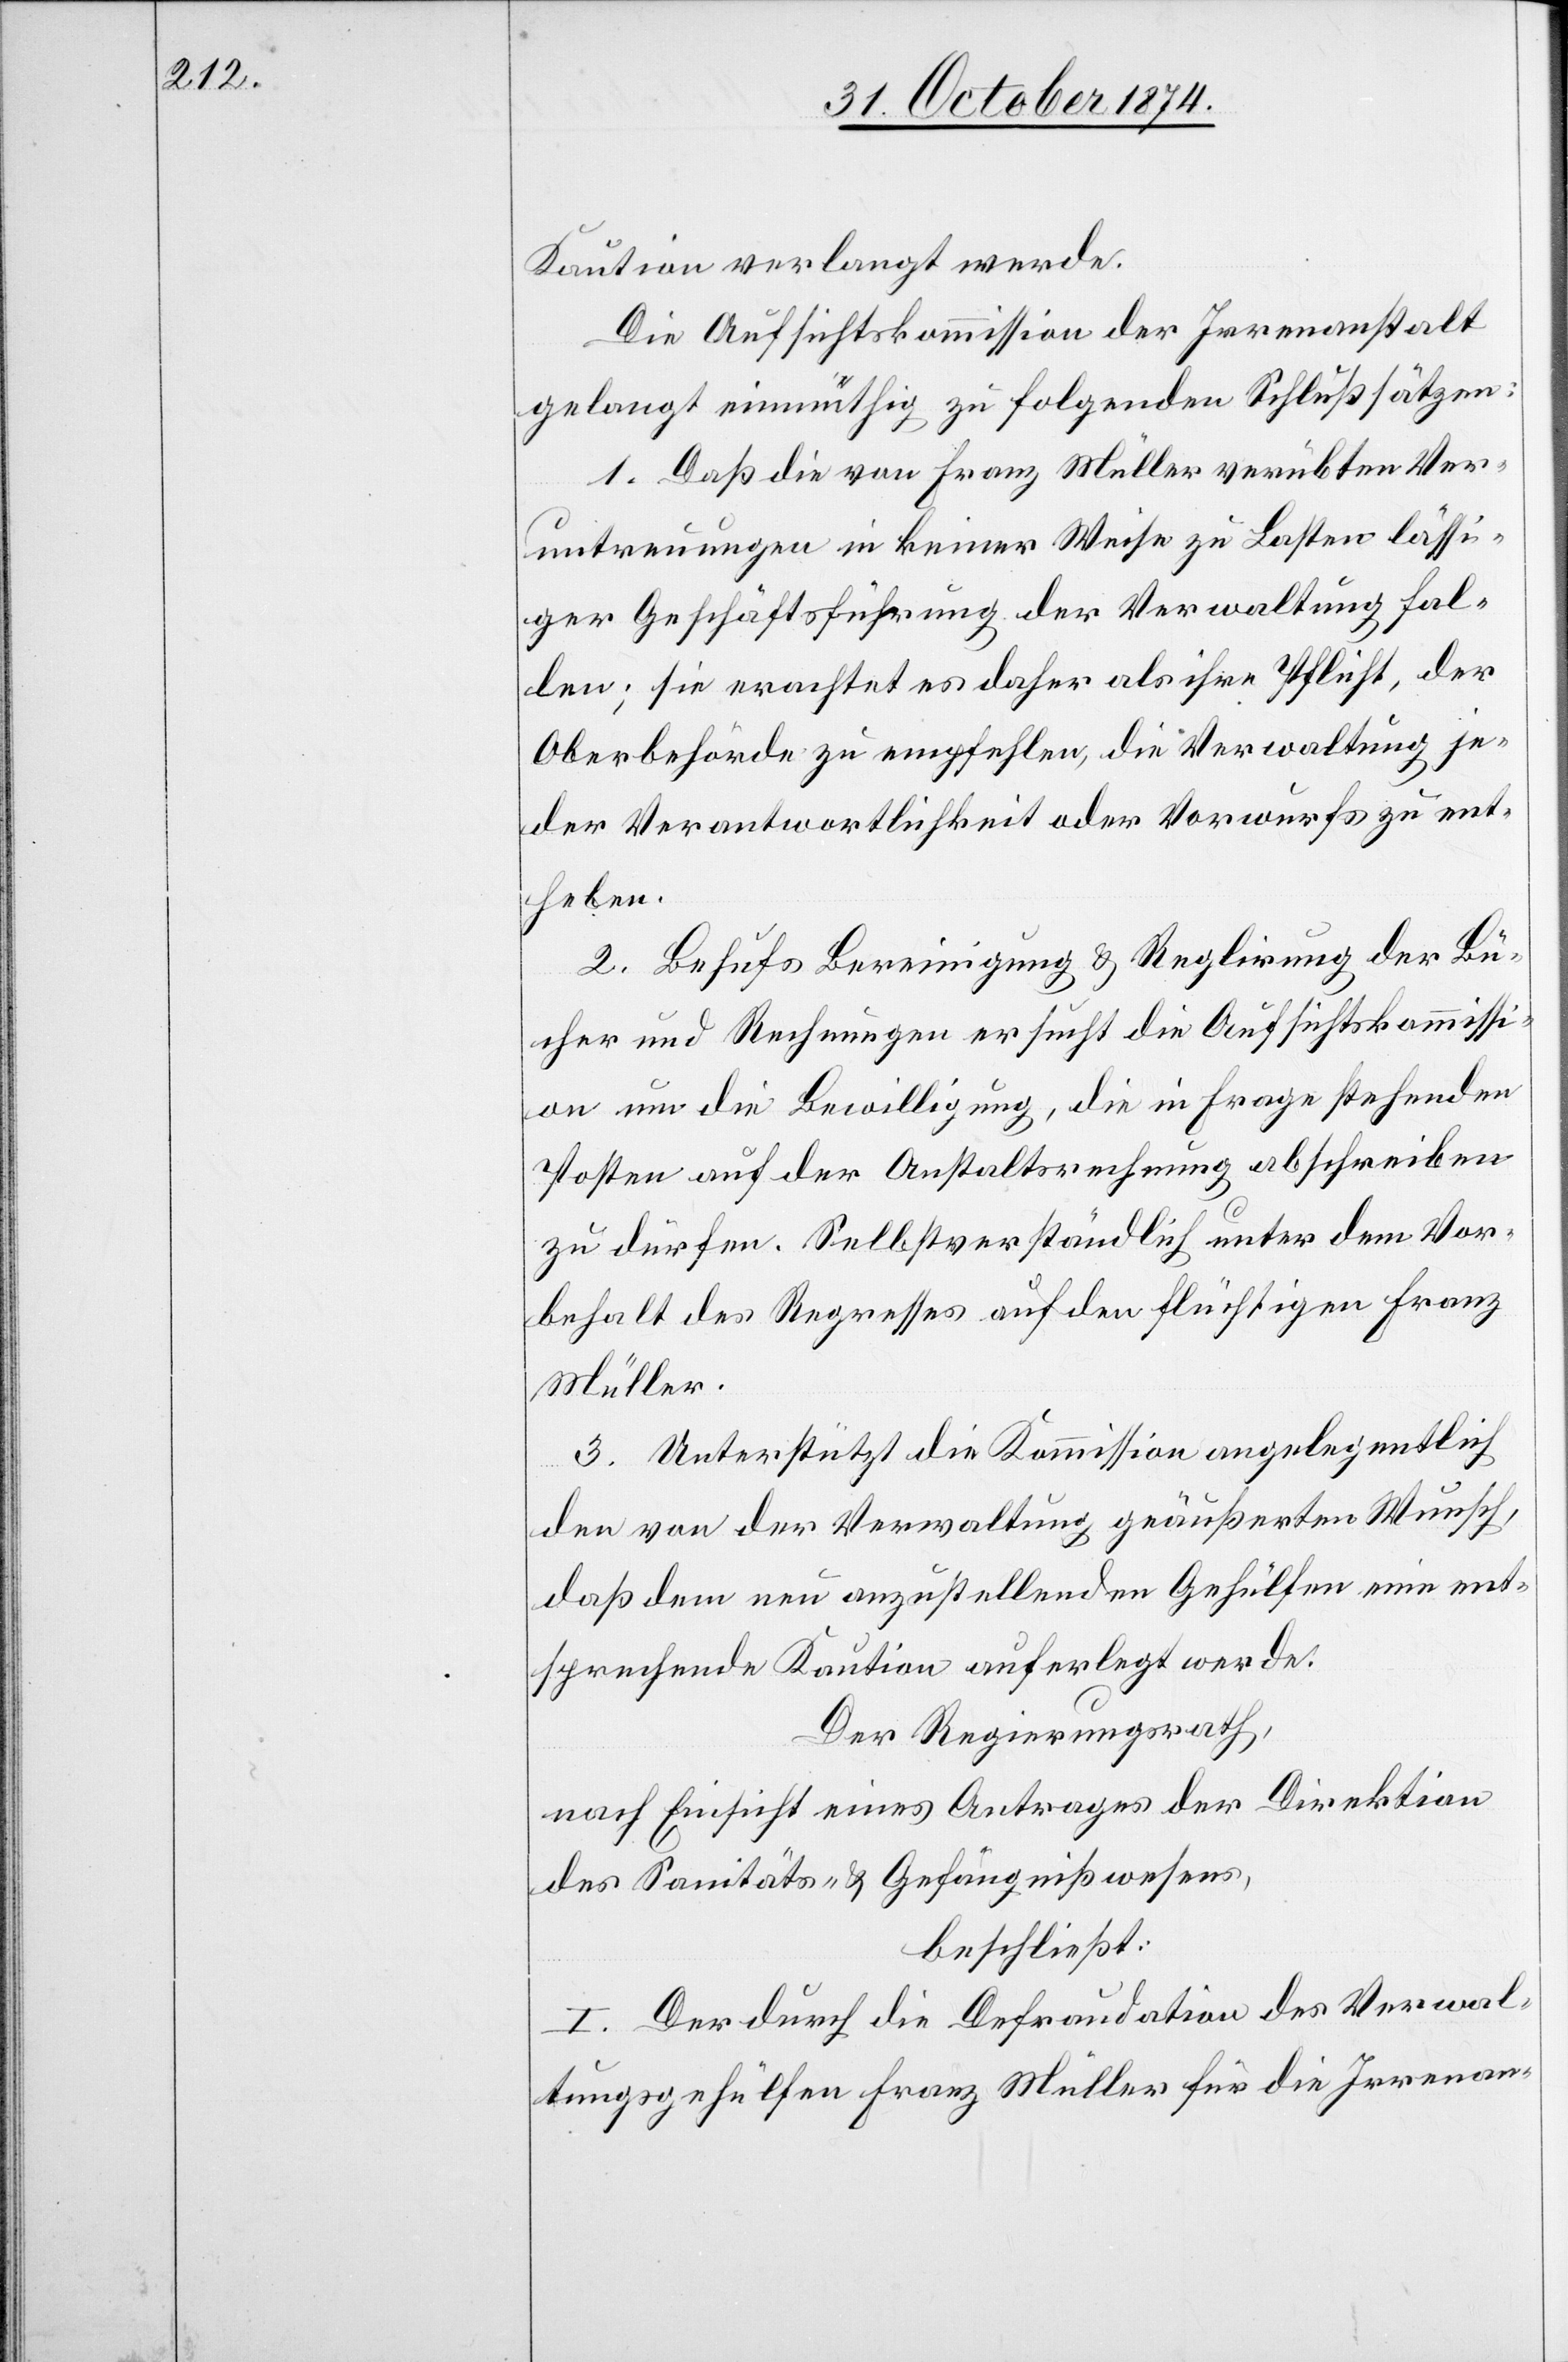
Kaution verlangt werde.
Die Aufsichtskommission der Irrenanstalt
gelangt einmüthig zu folgenden Schlußsätzen:
1. Daß die von Franz Müller verübten Ver¬
untreuungen in keiner Weise zu Lasten lässi¬
ger Geschäftsführung der Verwaltung fal¬
len; sie erachtet es daher als ihre Pflicht, der
Oberbehörde zu empfehlen, die Verwaltung je¬
der Verantwortlichkeit oder Vorwurfs zu ent¬
heben.
2. Behufs Bereinigung & Reglirung der Bü¬
cher und Rechnungen ersucht die Aufsichtskommissi¬
on um die Bewilligung, die in Frage stehenden
Posten auf der Anstaltsrechnung abschreiben
zu dürfen. Selbstverständlich unter dem Vor¬
behalt des Regresses auf den flüchtigen Franz
Müller.
3. Unterstützt die Kommission angelegentlich
den von der Verwaltung geäußerten Wunsch,
daß dem neu anzustellenden Gehülfen eine ent¬
sprechende Kaution auferlegt werde.
Der Regierungsrath,
nach Einsicht eines Antrages der Direktion
des Sanitäts- & Gefängnißwesens,
beschließt:
I. Der durch die Defraudation des Verwal¬
tungsgehülfen Franz Müller für die Irrenan-